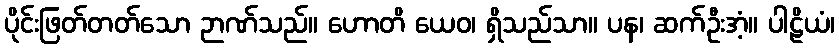
ပိုင်းဖြတ်တတ်သော ဉာဏ်သည်။ ဟောတိ ယေဝ၊ ရှိသည်သာ။ ပန၊ ဆက်ဦးအံ့။ ပါဠိယံ၊